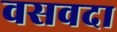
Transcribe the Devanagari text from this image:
वसवदा